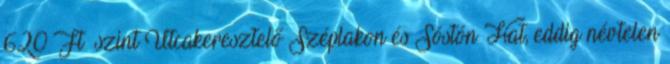
620 Ft szint Utcakeresztelő Széplakon és Sóstón Hat, eddig névtelen